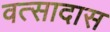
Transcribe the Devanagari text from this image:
वत्सादास